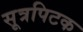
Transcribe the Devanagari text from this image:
सूत्रपिटक